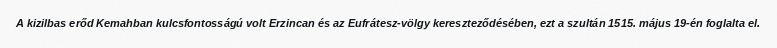
A kizilbas erőd Kemahban kulcsfontosságú volt Erzincan és az Eufrátesz-völgy kereszteződésében, ezt a szultán 1515. május 19-én foglalta el.